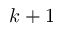
k + 1